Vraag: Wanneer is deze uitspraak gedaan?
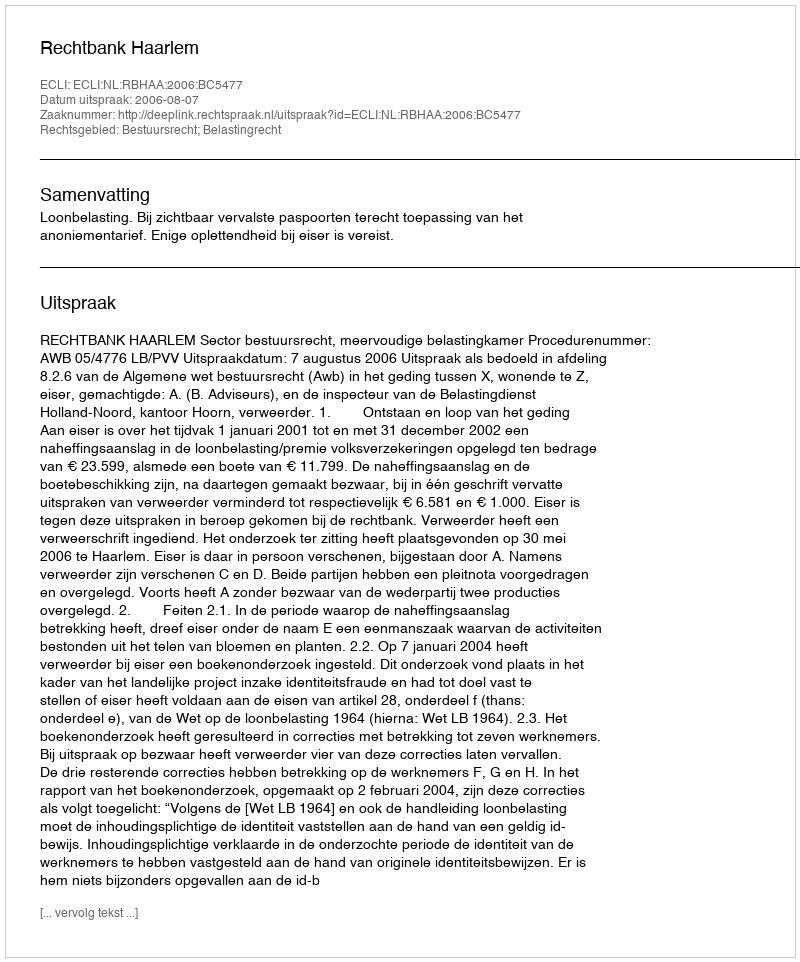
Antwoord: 2006-08-07